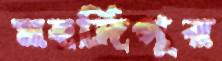
মহদিপুর